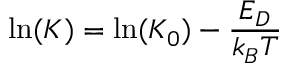
\ln ( K ) = \ln ( K _ { 0 } ) - \frac { E _ { D } } { k _ { B } T }